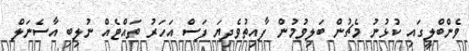
ވެންބްލީގައި ކުޅުނު މެޗުން ބަލިވުމުން ފާއިތުވެދިޔަ ފަސް އަހަރު ތައްޓެއް ނުލިބި އާސެނަލް